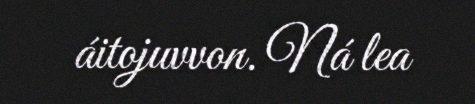
áitojuvvon. Ná lea